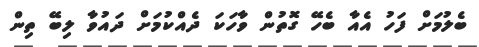
ބެލުމަށް ފަހު އެއާ ބެހޭ ގޮތުން ވާހަކަ ދެއްކުމަށް ދައުވާ ލިބޭ ތިން